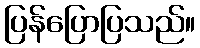
ပြန်ပြောပြသည်။